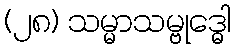
(၂၈) သမ္မာသမ္ဗုဒ္ဓေါ